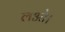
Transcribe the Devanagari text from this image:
लओ।